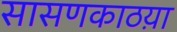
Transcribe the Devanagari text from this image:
सासणकाठय़ा